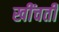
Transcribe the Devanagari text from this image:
खींचतीं